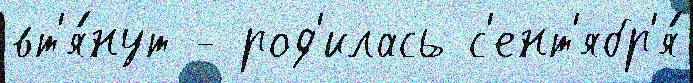
вт'я́нут - род'илась с'ент'ябр'я́